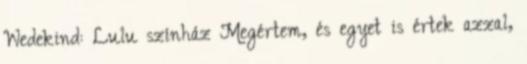
Wedekind: Lulu színház Megértem, és egyet is értek azzal,